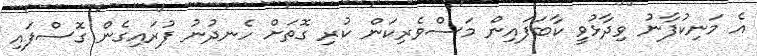
އެ މަނިކުފާނު ވިދާޅުވީ ކާބަފައިން މަސްވެރިކަން ކުރި ގޮތަށް ހެނދުނު ފުރައިގެން ގޮސްފައި